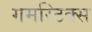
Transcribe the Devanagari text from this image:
गमस्टिक्स